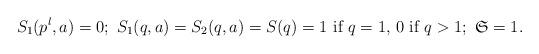
LaTeX: \begin{align*} S_1(p^l,a)=0;\mbox{ } S_1(q,a)=S_2(q,a)=S(q)= 1 \mbox{ if } q=1, \, 0 \mbox{ if } q> 1;\mbox{ } {\mathfrak S}=1.\end{align*}